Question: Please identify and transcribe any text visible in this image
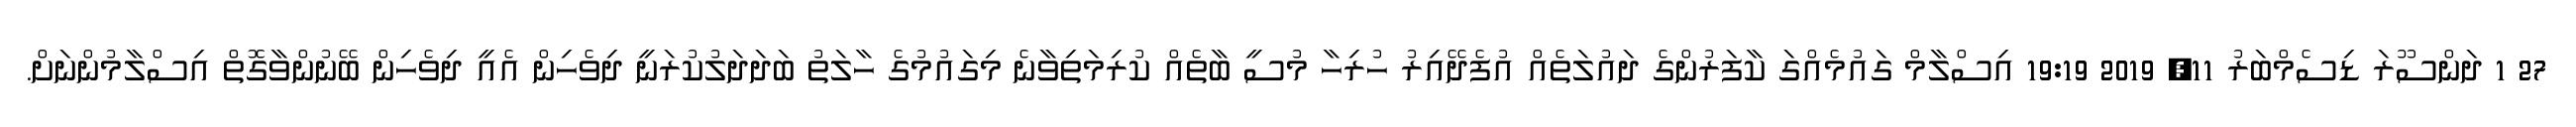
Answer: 27 1 ދަންސޫރަ ޑިސެމްބަރު 11, 2019 19:19 އިސްލާމް ގައުމެއްގަ ކާފަރުންގެ ދައުލަތެއް އުފެދޭއިރު ހުރިހާ މުސީ ބާތެއް ކުރިމަތިވާނެ މިގައުމުގެ ހާލަތު ބަދަދަލުކުރަނީ ދިވެހިން އެއީ ދިވެހިން ބޭނުންވާގޮތް އިސްލާމުންނަށް.